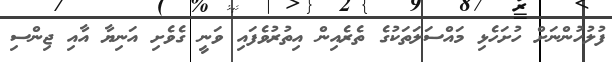
ފުލުހުންނަށް ހުށަހެޅި މައްސަލަތަކުގެ ތެރެއިން އިތުރުވެފައި ވަނީ ގެވެށި އަނިޔާ އާއި ޖިންސި